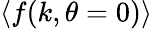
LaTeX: \left\langle f(k,\theta=0)\right\rangle